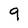
Character: 9